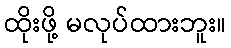
ထိုးဖို့ မလုပ်ထားဘူး။